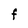
Character: F